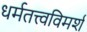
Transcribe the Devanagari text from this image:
धर्मतत्त्वविमर्श